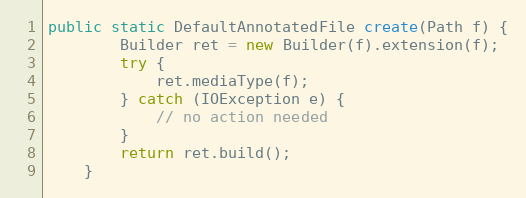
Language: Java
public static DefaultAnnotatedFile create(Path f) {
		Builder ret = new Builder(f).extension(f);
		try {
			ret.mediaType(f);
		} catch (IOException e) {
			// no action needed
		}
		return ret.build();
	}